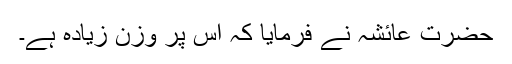
حضرت عائشہؓ نے فرمایا کہ اس پر وزن زیادہ ہے۔